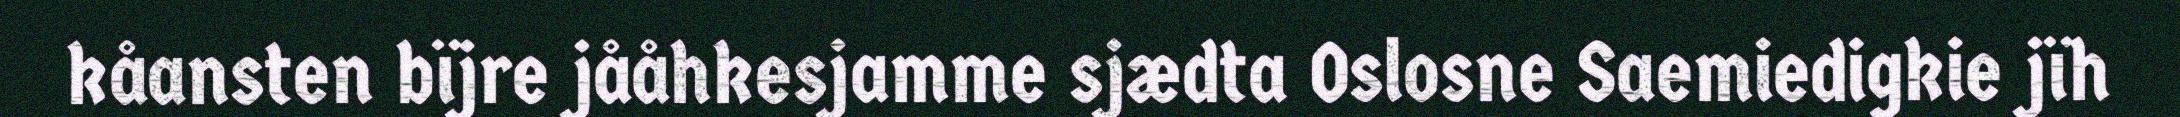
kåansten bïjre jååhkesjamme sjædta Oslosne Saemiedigkie jïh